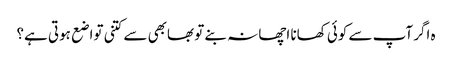
ہ اگر آپ سے کوئی کھانا اچھا نہ بنے تو بھابھی سے کتنی تواضع ہوتی ہے؟